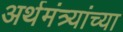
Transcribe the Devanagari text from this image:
अर्थमंत्र्यांच्या